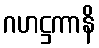
ဂဟဋ္ဌကာနိ